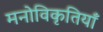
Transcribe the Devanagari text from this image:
मनोविकृतियाँ